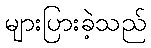
များပြားခဲ့သည်